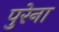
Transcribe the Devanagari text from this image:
पुरेना